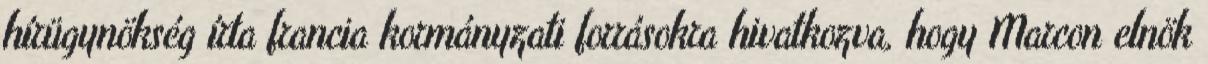
hírügynökség írta francia kormányzati forrásokra hivatkozva, hogy Marcon elnök